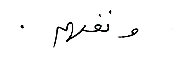
ونفهم .